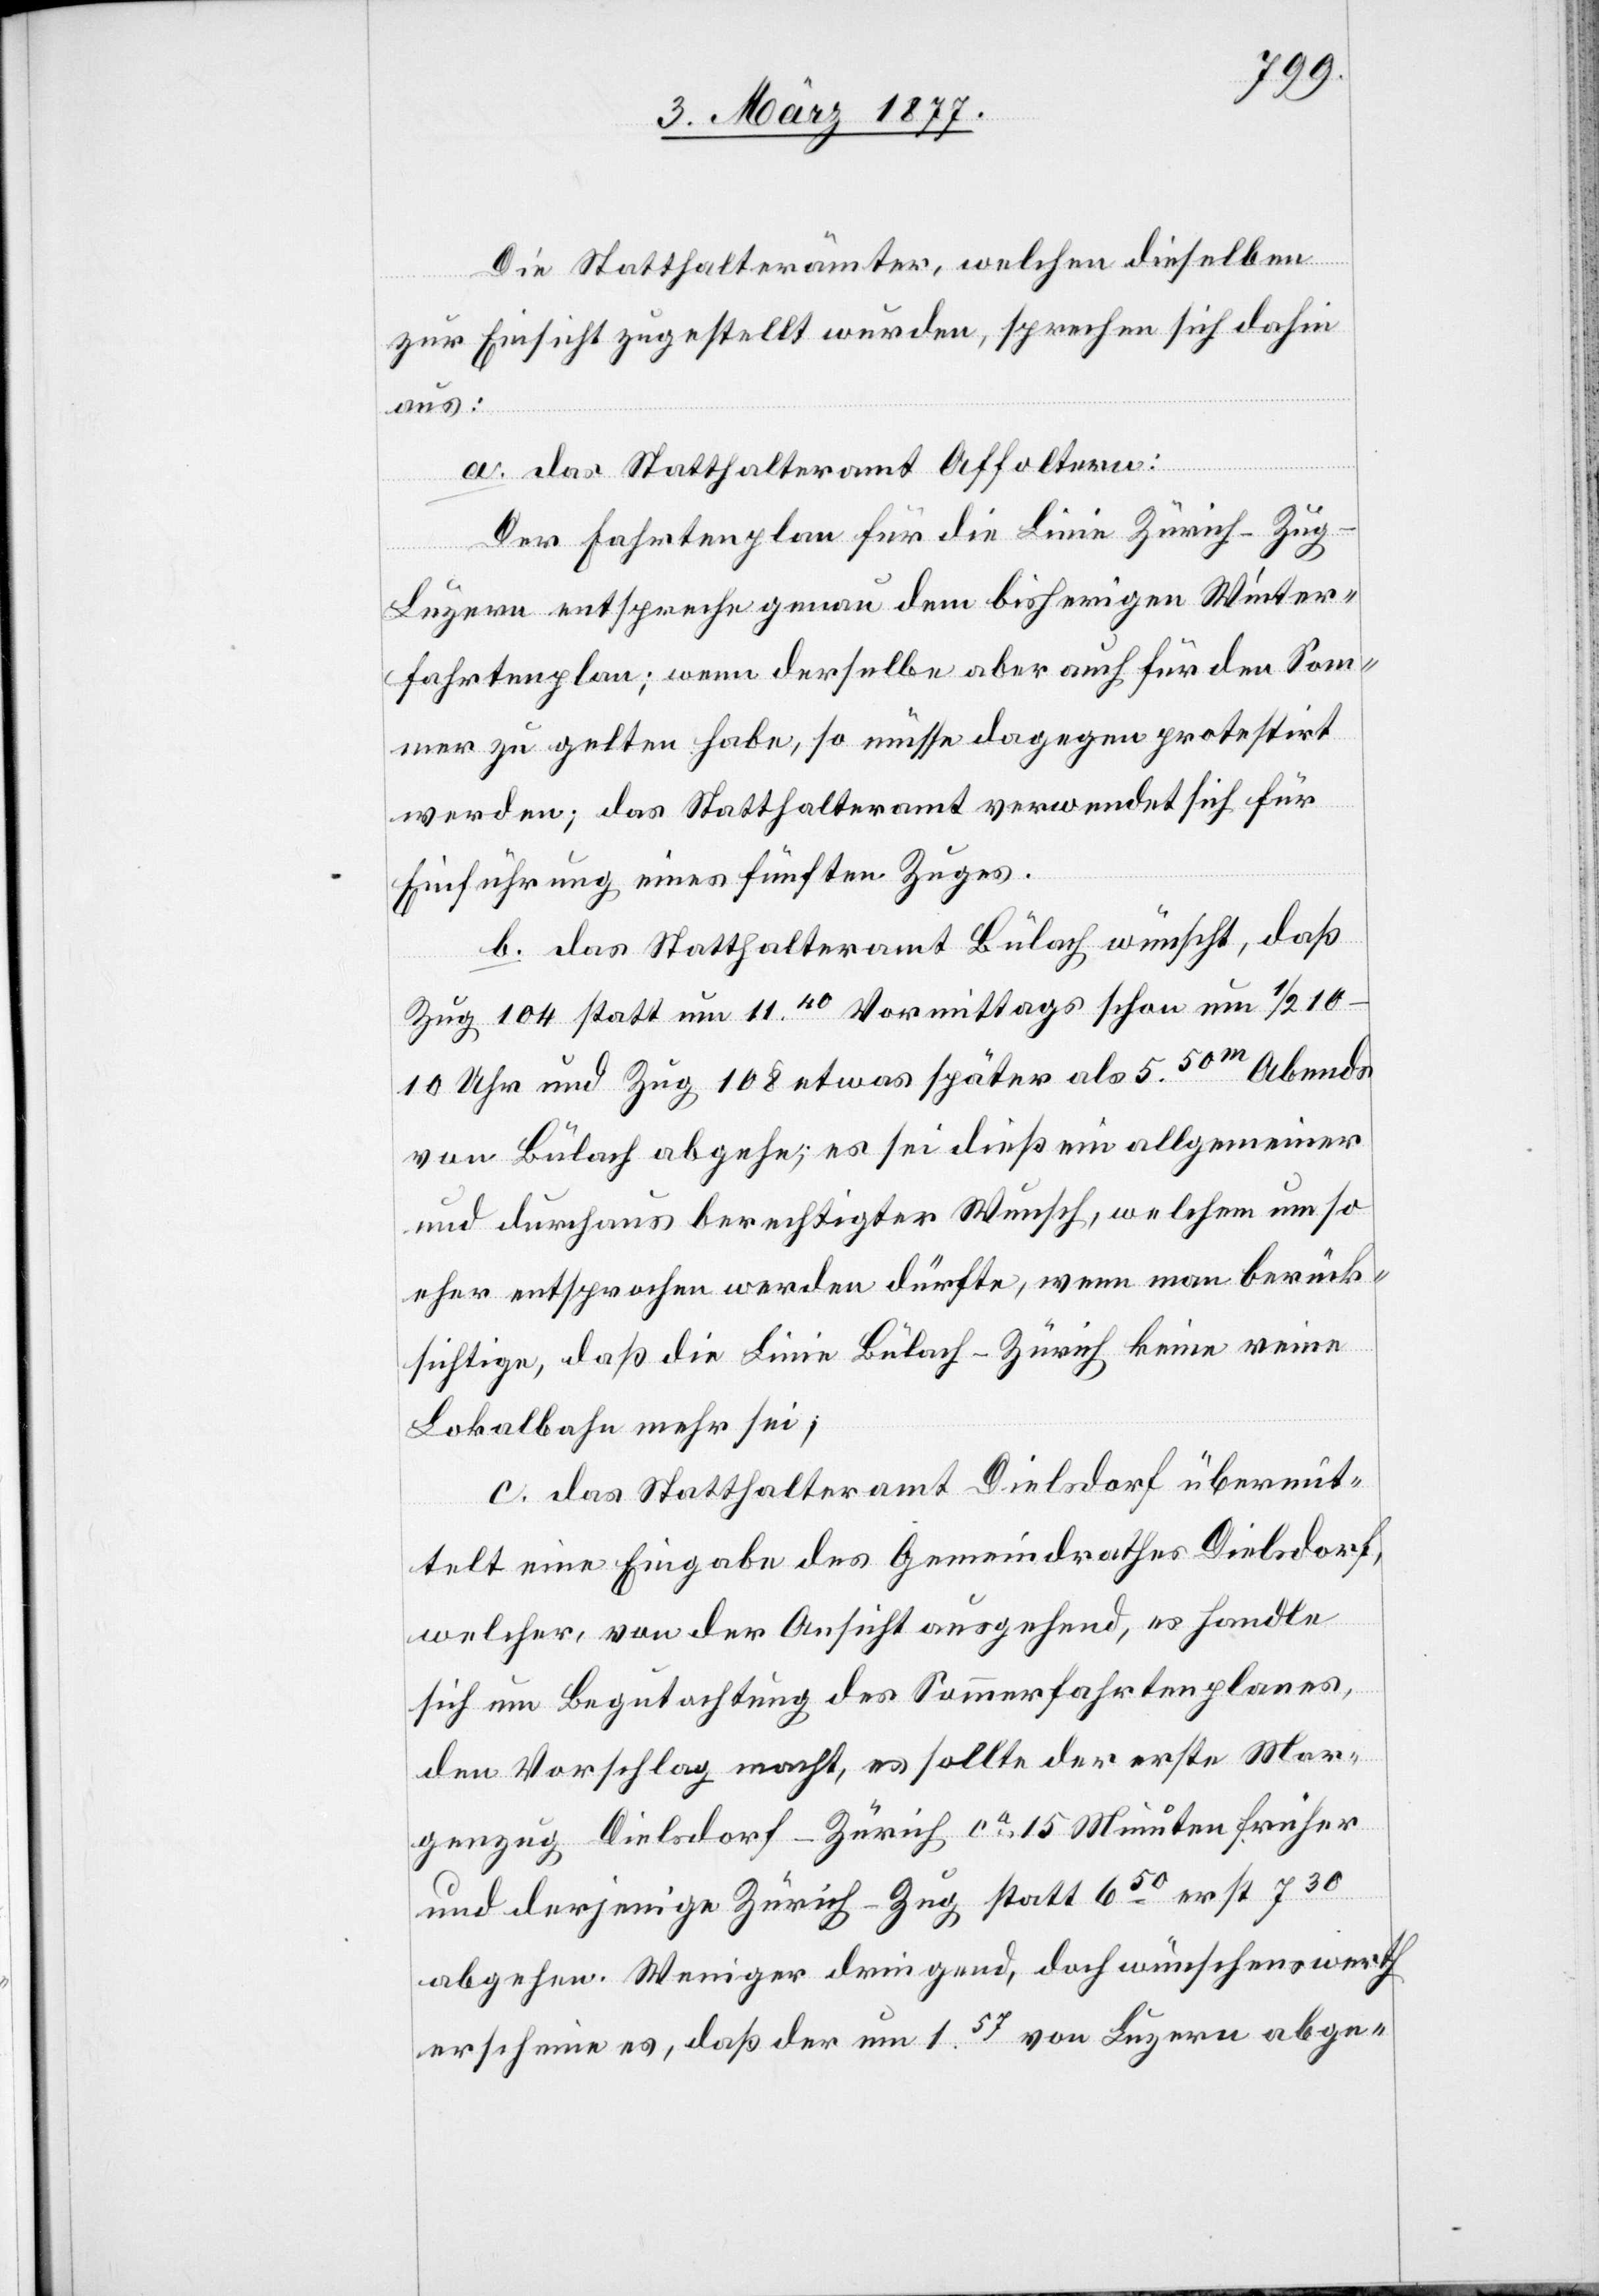
Die Statthalterämter, welchen dieselben
zur Einsicht zugestellt wurden, sprechen sich dahin
aus:
a. Das Statthalteramt Affoltern:
Der Fahrtenplan für die Linie Zürich–Zug–L¬
uzern entspreche genau dem bisherigen Winter¬
fahrplane; wenn derselbe aber auch für den Som¬
mer zu gelten habe, so müsse dagegen protestirt
werden; das Statthalteramt verwendet sich für
Einführung eines fünften Zuges.
b. Das Statthalteramt Bülach wünscht, daß
Zug 104 statt um 1140 Vormittags schon um 1/2
10–10 Uhr und Zug 108 etwas später als 5.50m Abends
von Bülach abgehe; es sei dieß ein allgemeiner
und durchaus berechtigter Wunsch, welchem um so
eher entsprochen werden dürfte, wenn man berück¬
sichtige, daß die Linie Bülach–Zürich keine reine
Lokalbahn mehr sei;
c. Das Statthalteramt Dielsdorf übermit¬
telt eine Eingabe des Gemeindrathes Dielsdorf,
welcher, von der Ansicht ausgehend, es handle
sich um Begutachtung des Sommerfahrtenplanes,
den Vorschlag macht, es sollte der erste Mor¬
genzug Dielsdorf–Zürich ca 15 Minuten früher
abgehen. Weniger dringend, doch wünschenswerth
erscheine es, daß der um 1.57 von Luzern abge-